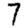
Digit: 7